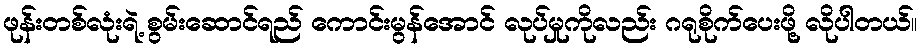
ဖုန်းတစ်လုံးရဲ့ စွမ်းဆောင်ရည် ကောင်းမွန်အောင် လုပ်မှုကိုလည်း ဂရုစိုက်ပေးဖို့ လိုပါတယ်။